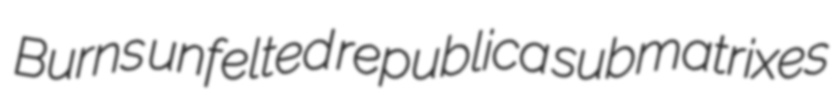
Burns unfelted republica submatrixes